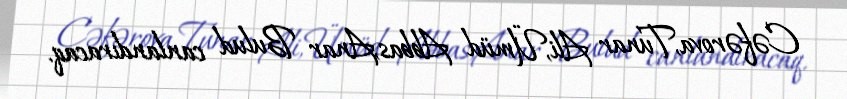
Cəfərova,Tunar Ali,Ümüd Abbas,Anar Bulud canlandıracaq.